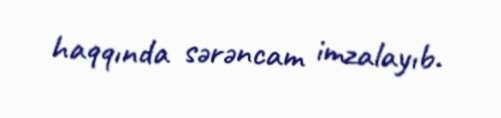
haqqında sərəncam imzalayıb.